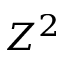
Z ^ { 2 }